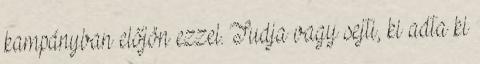
kampányban előjön ezzel. Tudja vagy sejti, ki adta ki